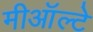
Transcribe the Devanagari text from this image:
मीऑल्टे